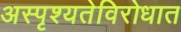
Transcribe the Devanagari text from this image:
अस्पृश्यतेविरोधात